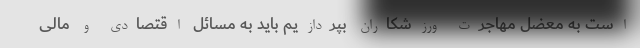
است به معضل مهاجرت ورزشکاران بپردازیم باید به مسائل اقتصادی و مالی